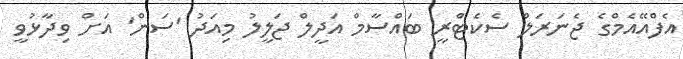
އެފްއޭއެމްގެ ޖެނަރަލް ސެކެޓްރީ ބައްސާމް އަދީލް ޖަލީލު މިއަދު 'ސަން' އަށް ވިދާޅުވީ